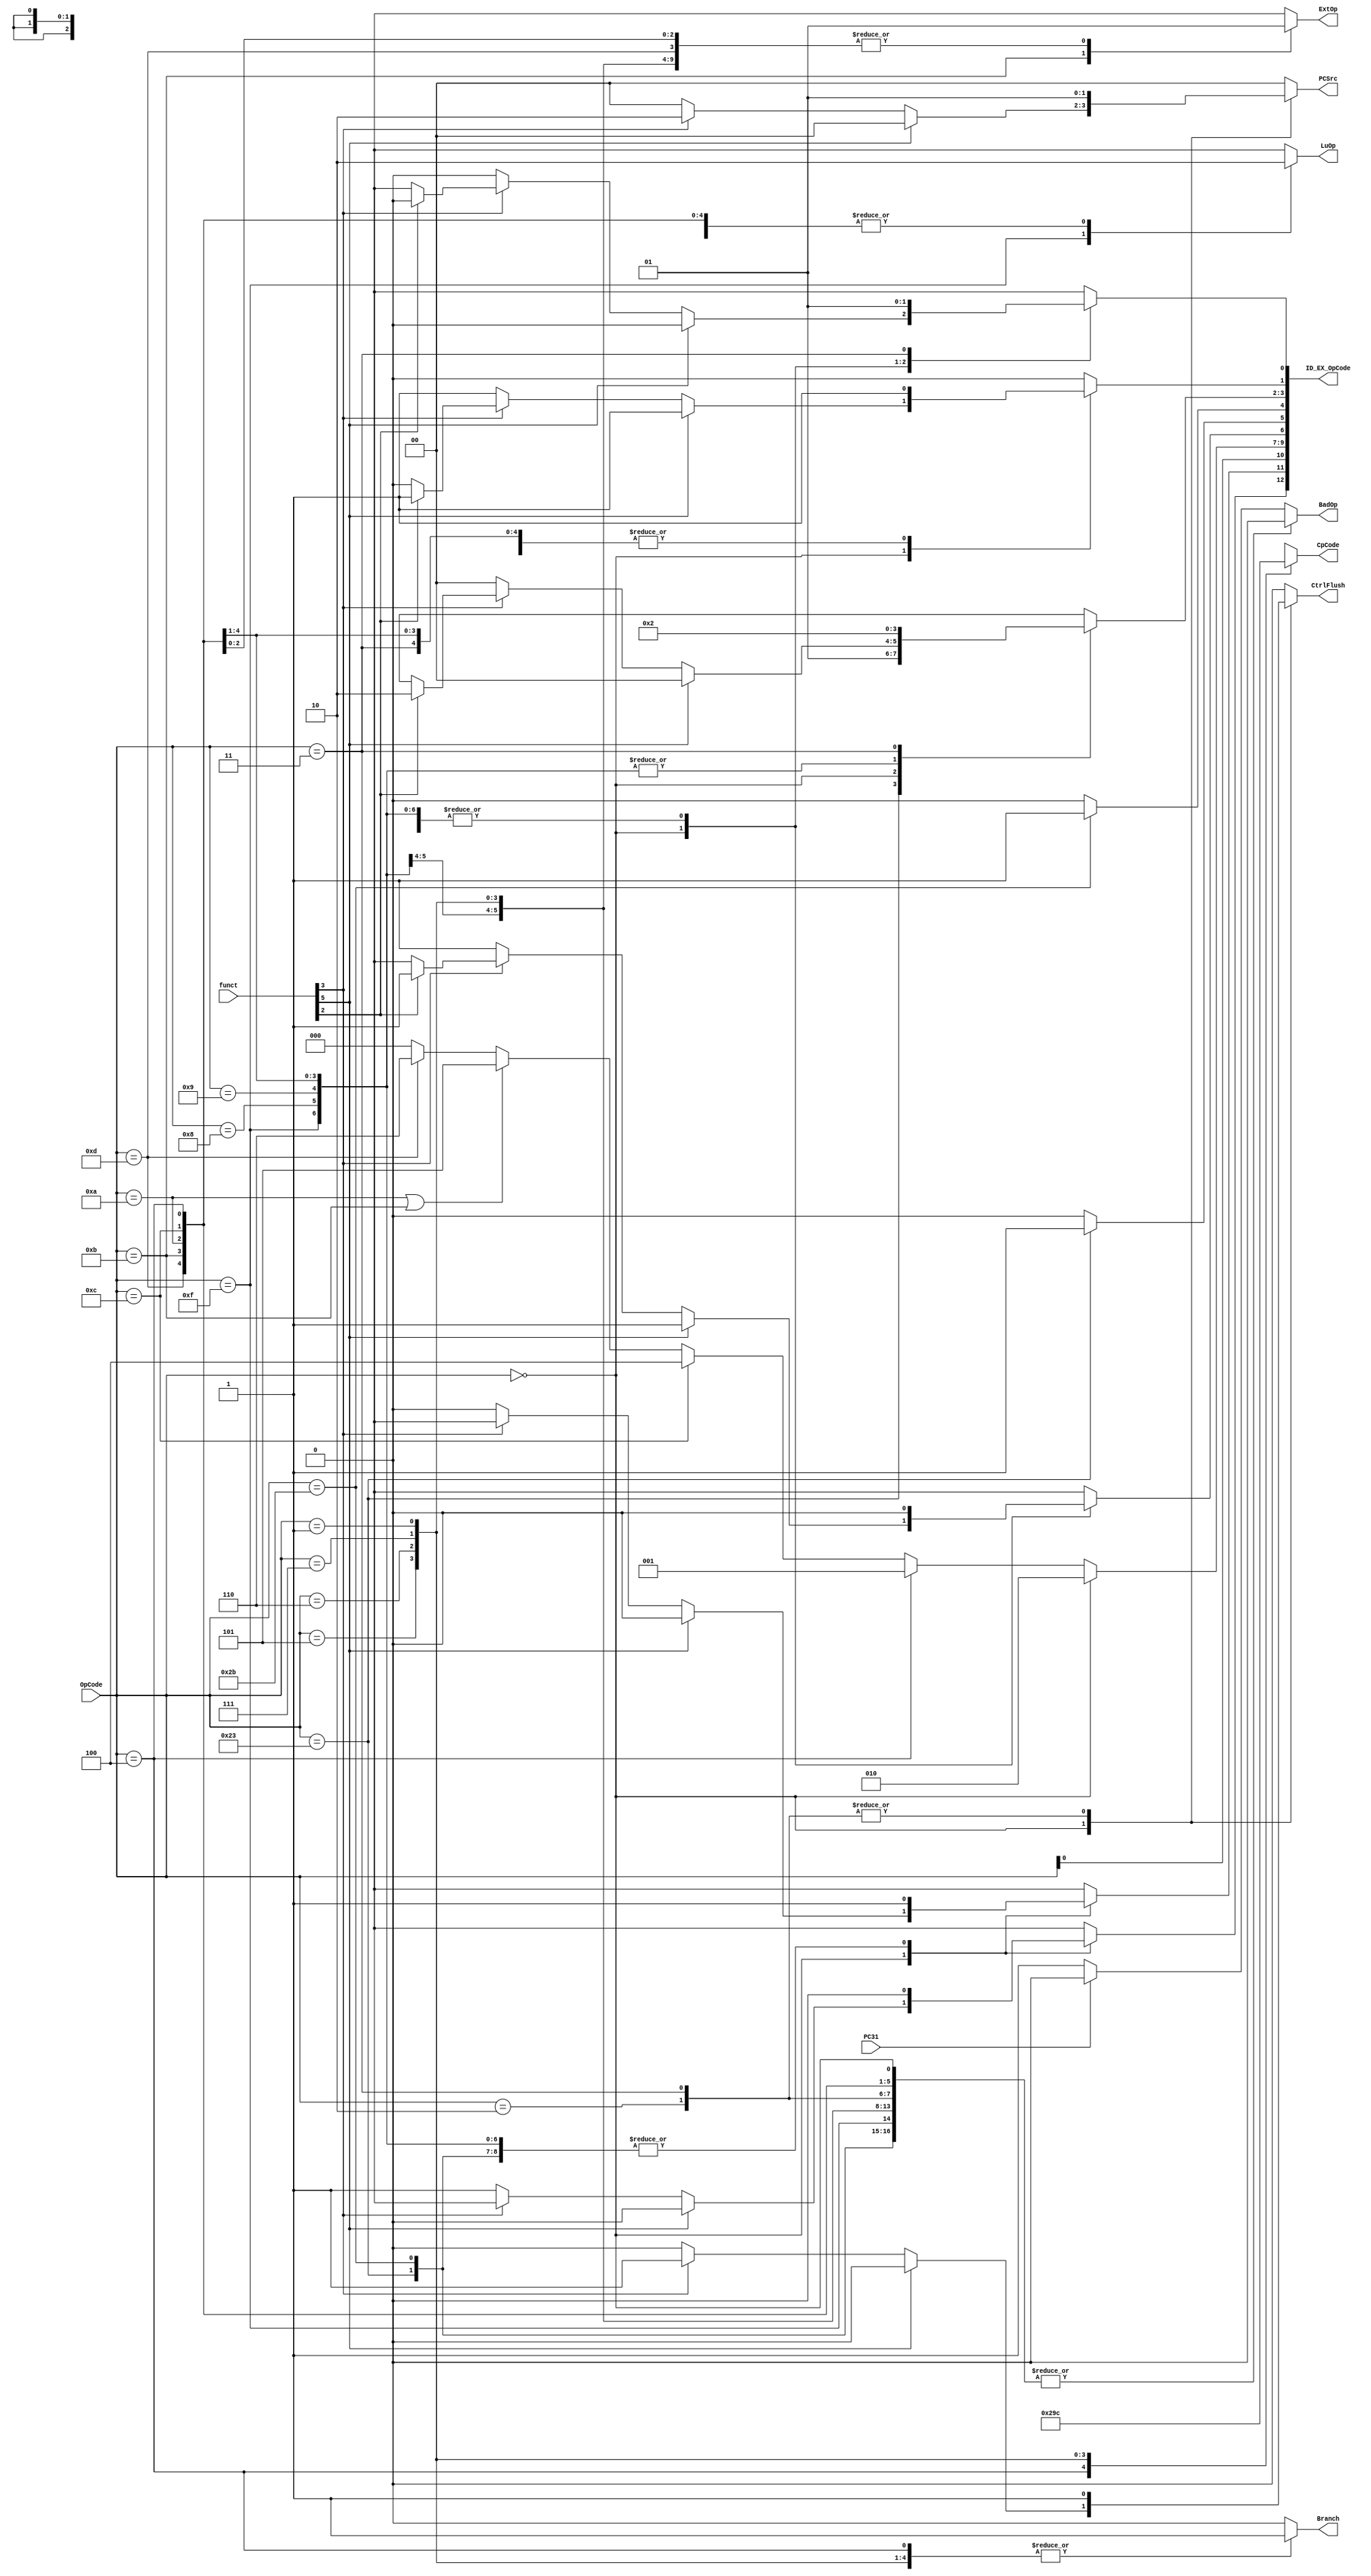
module Ctrl(
    input PC31,
    input [5:0] OpCode,
    input [5:0] funct,
    output reg [1:0] PCSrc,
    output reg Branch,
    output reg [2:0] CpCode,
    output reg CtrlFlush,
    output reg LuOp,
    output reg ExtOp,
    output reg BadOp,
    output [12:0] ID_EX_OpCode
);

    reg ALUSrc1;
    reg ALUSrc2;
    wire [3:0] ALUOp;
    reg RtRd;
    reg MemRead;
    reg MemWrite;
    reg [1:0] MemtoReg;
    reg RegWrite;
    reg RegDst;

    assign ID_EX_OpCode = {ALUSrc1, ALUSrc2, ALUOp, RtRd, MemRead, MemWrite, MemtoReg, RegWrite, RegDst};

    always @(*) begin
        case (OpCode)
            6'h23: begin    // lw
                PCSrc = 2'b00;
                Branch = 1'b0;
                CpCode = 3'bxxx;
                CtrlFlush = 1'b0;
                LuOp = 1'b0;
                ExtOp = 1'b1;
                BadOp = 1'b0;
                ALUSrc1 = 1'b0;
                ALUSrc2 = 1'b1;
                RtRd = 1'b0;
                MemRead = 1'b1;
                MemWrite = 1'b0;
                MemtoReg = 2'b01;
                RegWrite = 1'b1;
                RegDst = 1'b0;
            end
            6'h2b: begin    // sw
                PCSrc = 2'b00;
                Branch = 1'b0;
                CpCode = 3'bxxx;
                CtrlFlush = 1'b0;
                LuOp = 1'b0;
                ExtOp = 1'b1;
                BadOp = 1'b0;
                ALUSrc1 = 1'b0;
                ALUSrc2 = 1'b1;
                RtRd = 1'bx;
                MemRead = 1'b0;
                MemWrite = 1'b1;
                MemtoReg = 2'bxx;
                RegWrite = 1'b0;
                RegDst = 1'bx;
            end
            6'h0f: begin    // lui
                PCSrc = 2'b00;
                Branch = 1'b0;
                CpCode = 3'bxxx;
                CtrlFlush = 1'b0;
                LuOp = 1'b1;
                ExtOp = 1'bx;
                BadOp = 1'b0;
                ALUSrc1 = 1'b0;
                ALUSrc2 = 1'b1;
                RtRd = 1'b0;
                MemRead = 1'b0;
                MemWrite = 1'b0;
                MemtoReg = 2'b00;
                RegWrite = 1'b1;
                RegDst = 1'b0;
            end
            6'h00: begin    // add addu sub subu and or xor nor slt sltu || sll srl sra || jr || jalr
                if (funct[5] == 1'b1) begin  // add addu sub subu and or xor nor slt sltu
                    PCSrc = 2'b00;
                    Branch = 1'b0;
                    CpCode = 3'bxxx;
                    CtrlFlush = 1'b0;
                    LuOp = 1'bx;
                    ExtOp = 1'bx;
                    BadOp = 1'b0;
                    ALUSrc1 = 1'b0;
                    ALUSrc2 = 1'b0;
                    RtRd = 1'b1;
                    MemRead = 1'b0;
                    MemWrite = 1'b0;
                    MemtoReg = 2'b00;
                    RegWrite = 1'b1;
                    RegDst = 1'b0;
                end
                else if (funct[3] == 1'b0) begin // sll srl sra
                    PCSrc = 2'b00;
                    Branch = 1'b0;
                    CpCode = 3'bxxx;
                    CtrlFlush = 1'b0;
                    LuOp = 1'bx;
                    ExtOp = 1'bx;
                    BadOp = 1'b0;
                    ALUSrc1 = 1'b1;
                    ALUSrc2 = 1'b0;
                    RtRd = 1'b1;
                    MemRead = 1'b0;
                    MemWrite = 1'b0;
                    MemtoReg = 2'b00;
                    RegWrite = 1'b1;
                    RegDst = 1'b0;
                end
                else if (funct[2] == 1'b0) begin // jr
                    PCSrc = 2'b10;
                    Branch = 1'b0;
                    CpCode = 3'bxxx;
                    CtrlFlush = 1'b1;
                    LuOp = 1'bx;
                    ExtOp = 1'bx;
                    BadOp = 1'b0;
                    ALUSrc1 = 1'bx;
                    ALUSrc2 = 1'bx;
                    RtRd = 1'bx;
                    MemRead = 1'b0;
                    MemWrite = 1'b0;
                    MemtoReg = 2'bxx;
                    RegWrite = 1'b0;
                    RegDst = 1'bx;
                end
                else begin // jalr
                    PCSrc = 2'b10;
                    Branch = 1'b0;
                    CpCode = 3'bxxx;
                    CtrlFlush = 1'b1;
                    LuOp = 1'bx;
                    ExtOp = 1'bx;
                    BadOp = 1'b0;
                    ALUSrc1 = 1'bx;
                    ALUSrc2 = 1'bx;
                    RtRd = 1'b1;
                    MemRead = 1'b0;
                    MemWrite = 1'b0;
                    MemtoReg = 2'b10;
                    RegWrite = 1'b1;
                    RegDst = 1'b0;
                end
            end
            6'h08: begin    // addi
                PCSrc = 2'b00;
                Branch = 1'b0;
                CpCode = 3'bxxx;
                CtrlFlush = 1'b0;
                LuOp = 1'b0;
                ExtOp = 1'b1;
                BadOp = 1'b0;
                ALUSrc1 = 1'b0;
                ALUSrc2 = 1'b1;
                RtRd = 1'b0;
                MemRead = 1'b0;
                MemWrite = 1'b0;
                MemtoReg = 2'b00;
                RegWrite = 1'b1;
                RegDst = 1'b0;
            end
            6'h09: begin    // addiu
                PCSrc = 2'b00;
                Branch = 1'b0;
                CpCode = 3'bxxx;
                CtrlFlush = 1'b0;
                LuOp = 1'b0;
                ExtOp = 1'b1;
                BadOp = 1'b0;
                ALUSrc1 = 1'b0;
                ALUSrc2 = 1'b1;
                RtRd = 1'b0;
                MemRead = 1'b0;
                MemWrite = 1'b0;
                MemtoReg = 2'b00;
                RegWrite = 1'b1;
                RegDst = 1'b0;
            end
            6'h0c: begin    // andi
                PCSrc = 2'b00;
                Branch = 1'b0;
                CpCode = 3'bxxx;
                CtrlFlush = 1'b0;
                LuOp = 1'b0;
                ExtOp = 1'b1;
                BadOp = 1'b0;
                ALUSrc1 = 1'b0;
                ALUSrc2 = 1'b1;
                RtRd = 1'b0;
                MemRead = 1'b0;
                MemWrite = 1'b0;
                MemtoReg = 2'b00;
                RegWrite = 1'b1;
                RegDst = 1'b0;
            end
            6'h0d: begin           //ori
                PCSrc = 2'b00;
                Branch = 1'b0;
                CpCode = 3'bxxx;
                CtrlFlush = 1'b0;
                LuOp = 1'b0;
                ExtOp = 1'b1;
                BadOp = 1'b0;
                ALUSrc1 = 1'b0;
                ALUSrc2 = 1'b1;
                RtRd = 1'b0;
                MemRead = 1'b0;
                MemWrite = 1'b0;
                MemtoReg = 2'b00;
                RegWrite = 1'b1;
                RegDst = 1'b0;
            end
            6'h0a: begin    // slti
                PCSrc = 2'b00;
                Branch = 1'b0;
                CpCode = 3'bxxx;
                CtrlFlush = 1'b0;
                LuOp = 1'b0;
                ExtOp = 1'b1;
                BadOp = 1'b0;
                ALUSrc1 = 1'b0;
                ALUSrc2 = 1'b1;
                RtRd = 1'b0;
                MemRead = 1'b0;
                MemWrite = 1'b0;
                MemtoReg = 2'b00;
                RegWrite = 1'b1;
                RegDst = 1'b0;
            end
            6'h0b: begin    // sltiu
                PCSrc = 2'b00;
                Branch = 1'b0;
                CpCode = 3'bxxx;
                CtrlFlush = 1'b0;
                LuOp = 1'b0;
                ExtOp = 1'b0;
                BadOp = 1'b0;
                ALUSrc1 = 1'b0;
                ALUSrc2 = 1'b1;
                RtRd = 1'b0;
                MemRead = 1'b0;
                MemWrite = 1'b0;
                MemtoReg = 2'b00;
                RegWrite = 1'b1;
                RegDst = 1'b0;
            end
            6'h04: begin    // beq
                PCSrc = 2'b00;
                Branch = 1'b1;
                CpCode = 3'b000;
                CtrlFlush = 1'b0;
                LuOp = 1'b0;
                ExtOp = 1'b1;
                BadOp = 1'b0;
                ALUSrc1 = 1'bx;
                ALUSrc2 = 1'bx;
                RtRd = 1'bx;
                MemRead = 1'b0;
                MemWrite = 1'b0;
                MemtoReg = 2'bxx;
                RegWrite = 1'b0;
                RegDst = 1'bx;
            end
            6'h05: begin    // bne
                PCSrc = 2'b00;
                Branch = 1'b1;
                CpCode = 3'b001;
                CtrlFlush = 1'b0;
                LuOp = 1'b0;
                ExtOp = 1'b1;
                BadOp = 1'b0;
                ALUSrc1 = 1'bx;
                ALUSrc2 = 1'bx;
                RtRd = 1'bx;
                MemRead = 1'b0;
                MemWrite = 1'b0;
                MemtoReg = 2'bxx;
                RegWrite = 1'b0;
                RegDst = 1'bx;
            end
            6'h06: begin    // blez
                PCSrc = 2'b00;
                Branch = 1'b1;
                CpCode = 3'b010;
                CtrlFlush = 1'b0;
                LuOp = 1'b0;
                ExtOp = 1'b1;
                BadOp = 1'b0;
                ALUSrc1 = 1'bx;
                ALUSrc2 = 1'bx;
                RtRd = 1'bx;
                MemRead = 1'b0;
                MemWrite = 1'b0;
                MemtoReg = 2'bxx;
                RegWrite = 1'b0;
                RegDst = 1'bx;
            end
            6'h07: begin    // bgtz
                PCSrc = 2'b00;
                Branch = 1'b1;
                CpCode = 3'b011;
                CtrlFlush = 1'b0;
                LuOp = 1'b0;
                ExtOp = 1'b1;
                BadOp = 1'b0;
                ALUSrc1 = 1'bx;
                ALUSrc2 = 1'bx;
                RtRd = 1'bx;
                MemRead = 1'b0;
                MemWrite = 1'b0;
                MemtoReg = 2'bxx;
                RegWrite = 1'b0;
                RegDst = 1'bx;
            end
            6'h01: begin    // bltz
                PCSrc = 2'b00;
                Branch = 1'b1;
                CpCode = 3'b100;
                CtrlFlush = 1'b0;
                LuOp = 1'b0;
                ExtOp = 1'b1;
                BadOp = 1'b0;
                ALUSrc1 = 1'bx;
                ALUSrc2 = 1'bx;
                RtRd = 1'bx;
                MemRead = 1'b0;
                MemWrite = 1'b0;
                MemtoReg = 2'bxx;
                RegWrite = 1'b0;
                RegDst = 1'bx;
            end
            6'h02: begin    // j
                PCSrc = 2'b01;
                Branch = 1'b0;
                CpCode = 3'bxxx;
                CtrlFlush = 1'b1;
                LuOp = 1'bx;
                ExtOp = 1'bx;
                BadOp = 1'b0;
                ALUSrc1 = 1'bx;
                ALUSrc2 = 1'bx;
                RtRd = 1'bx;
                MemRead = 1'b0;
                MemWrite = 1'b0;
                MemtoReg = 2'bxx;
                RegWrite = 1'b0;
                RegDst = 1'bx;
            end
            6'h03: begin    // jal
                PCSrc = 2'b01;
                Branch = 1'b0;
                CpCode = 3'bxxx;
                CtrlFlush = 1'b1;
                LuOp = 1'bx;
                ExtOp = 1'bx;
                BadOp = 1'b0;
                ALUSrc1 = 1'bx;
                ALUSrc2 = 1'bx;
                RtRd = 1'bx;
                MemRead = 1'b0;
                MemWrite = 1'b0;
                MemtoReg = 2'b10;
                RegWrite = 1'b1;
                RegDst = 1'b1;
            end
            default: begin  // BadOp
                if (PC31) begin
                    PCSrc = 2'b00;
                    Branch = 1'b0;
                    CpCode = 3'bxxx;
                    CtrlFlush = 1'b0;
                    LuOp = 1'bx;
                    ExtOp = 1'bx;
                    BadOp = 1'b0;
                    ALUSrc1 = 1'bx;
                    ALUSrc2 = 1'bx;
                    RtRd = 1'bx;
                    MemRead = 1'b0;
                    MemWrite = 1'b0;
                    MemtoReg = 2'bxx;
                    RegWrite = 1'b0;
                    RegDst = 1'bx;
                end else begin
                    PCSrc = 2'b00;
                    Branch = 1'b0;
                    CpCode = 3'bxxx;
                    CtrlFlush = 1'b0;
                    LuOp = 1'bx;
                    ExtOp = 1'bx;
                    BadOp = 1'b1;
                    ALUSrc1 = 1'bx;
                    ALUSrc2 = 1'bx;
                    RtRd = 1'bx;
                    MemRead = 1'b0;
                    MemWrite = 1'b0;
                    MemtoReg = 2'bxx;
                    RegWrite = 1'b0;
                    RegDst = 1'bx;
                end
            end
        endcase
    end

    assign ALUOp[2:0] =
        (OpCode == 6'h00) ? 3'b010:
            (OpCode == 6'h04) ? 3'b001:
                (OpCode == 6'h0c) ? 3'b100:
                    (OpCode == 6'h0a || OpCode == 6'h0b) ? 3'b101:
                        (OpCode == 6'h0d) ? 3'b110:
                        3'b000;

    assign ALUOp[3] = OpCode[0];

endmodule